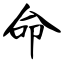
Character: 命